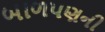
બાળપણની